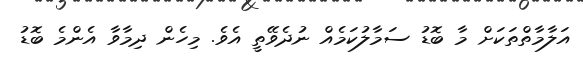
އަލާމާތްތަކަށް މާ ބޮޑު ސަމާލުކަމެއް ނުދެވޭތީ އެވެ. މިހެން ދިމާވާ އެންމެ ބޮޑު